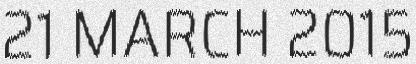
21 MARCH 2015